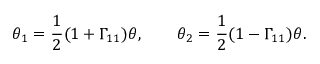
\theta _ { 1 } = { \frac { 1 } { 2 } } ( 1 + \Gamma _ { 1 1 } ) \theta , \qquad \theta _ { 2 } = { \frac { 1 } { 2 } } ( 1 - \Gamma _ { 1 1 } ) \theta .